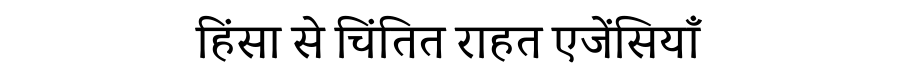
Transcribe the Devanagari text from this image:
हिंसा से चिंतित राहत एजेंसियाँ